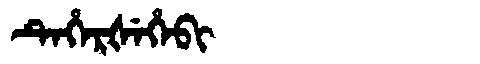
Manchu: ᡨᡝᡥᡝᡵᡧᡝᡥᡝᠪᡳ
Romanization: TEHERŠEHEBI